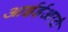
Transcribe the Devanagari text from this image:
आईईआरटी